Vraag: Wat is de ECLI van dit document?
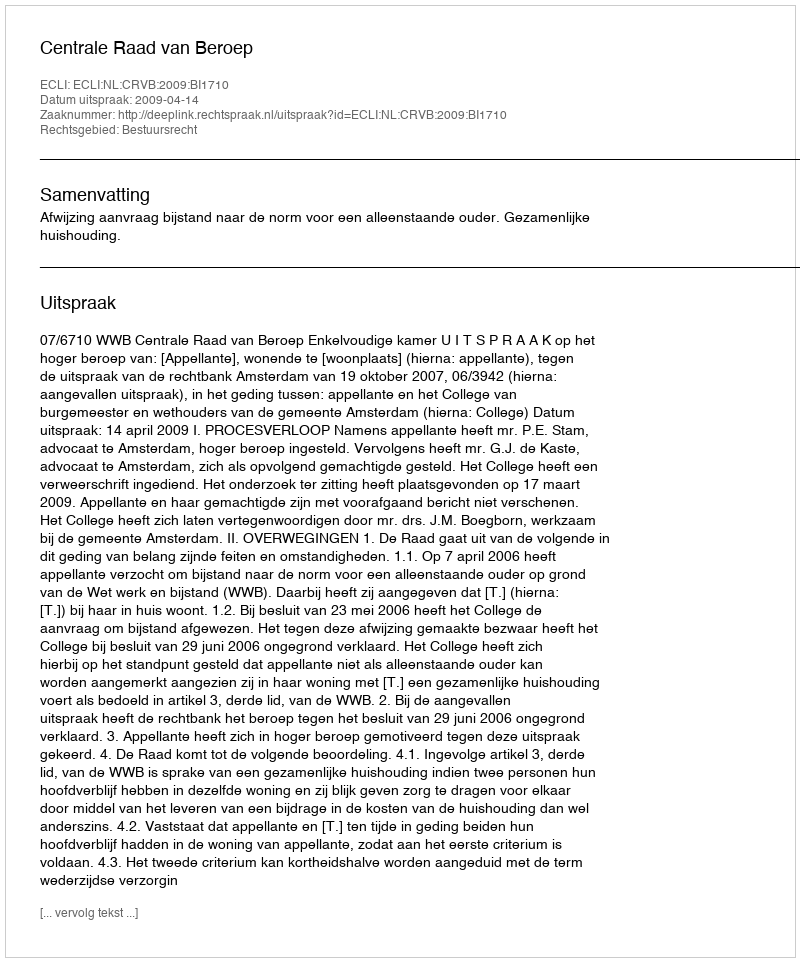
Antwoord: ECLI:NL:CRVB:2009:BI1710